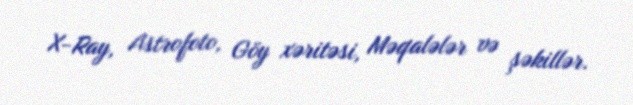
X-Ray, Astrofoto, Göy xəritəsi, Məqalələr və şəkillər.